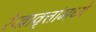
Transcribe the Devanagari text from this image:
रेखावृत्तांमध्ये